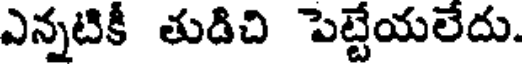
ఎన్నటికీ తుడిచి పెట్టేయలేదు.